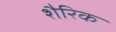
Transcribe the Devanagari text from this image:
शैरिक